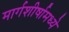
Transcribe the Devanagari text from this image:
मार्गशीर्षामध्ये